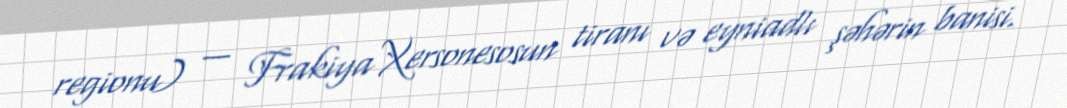
regionu) — Frakiya Xersonesosun tiranı və eyniadlı şəhərin banisi.